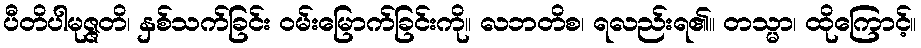
ပီတိပါမုဇ္ဇတိ၊ နှစ်သက်ခြင်း ဝမ်းမြောက်ခြင်းကို။ လဘတိစ၊ ရလည်းရ၏။ တသ္မာ၊ ထိုကြောင့်။